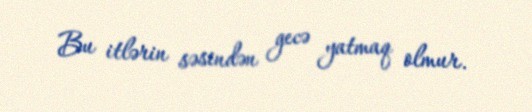
Bu itlərin səsindən gecə yatmaq olmur.